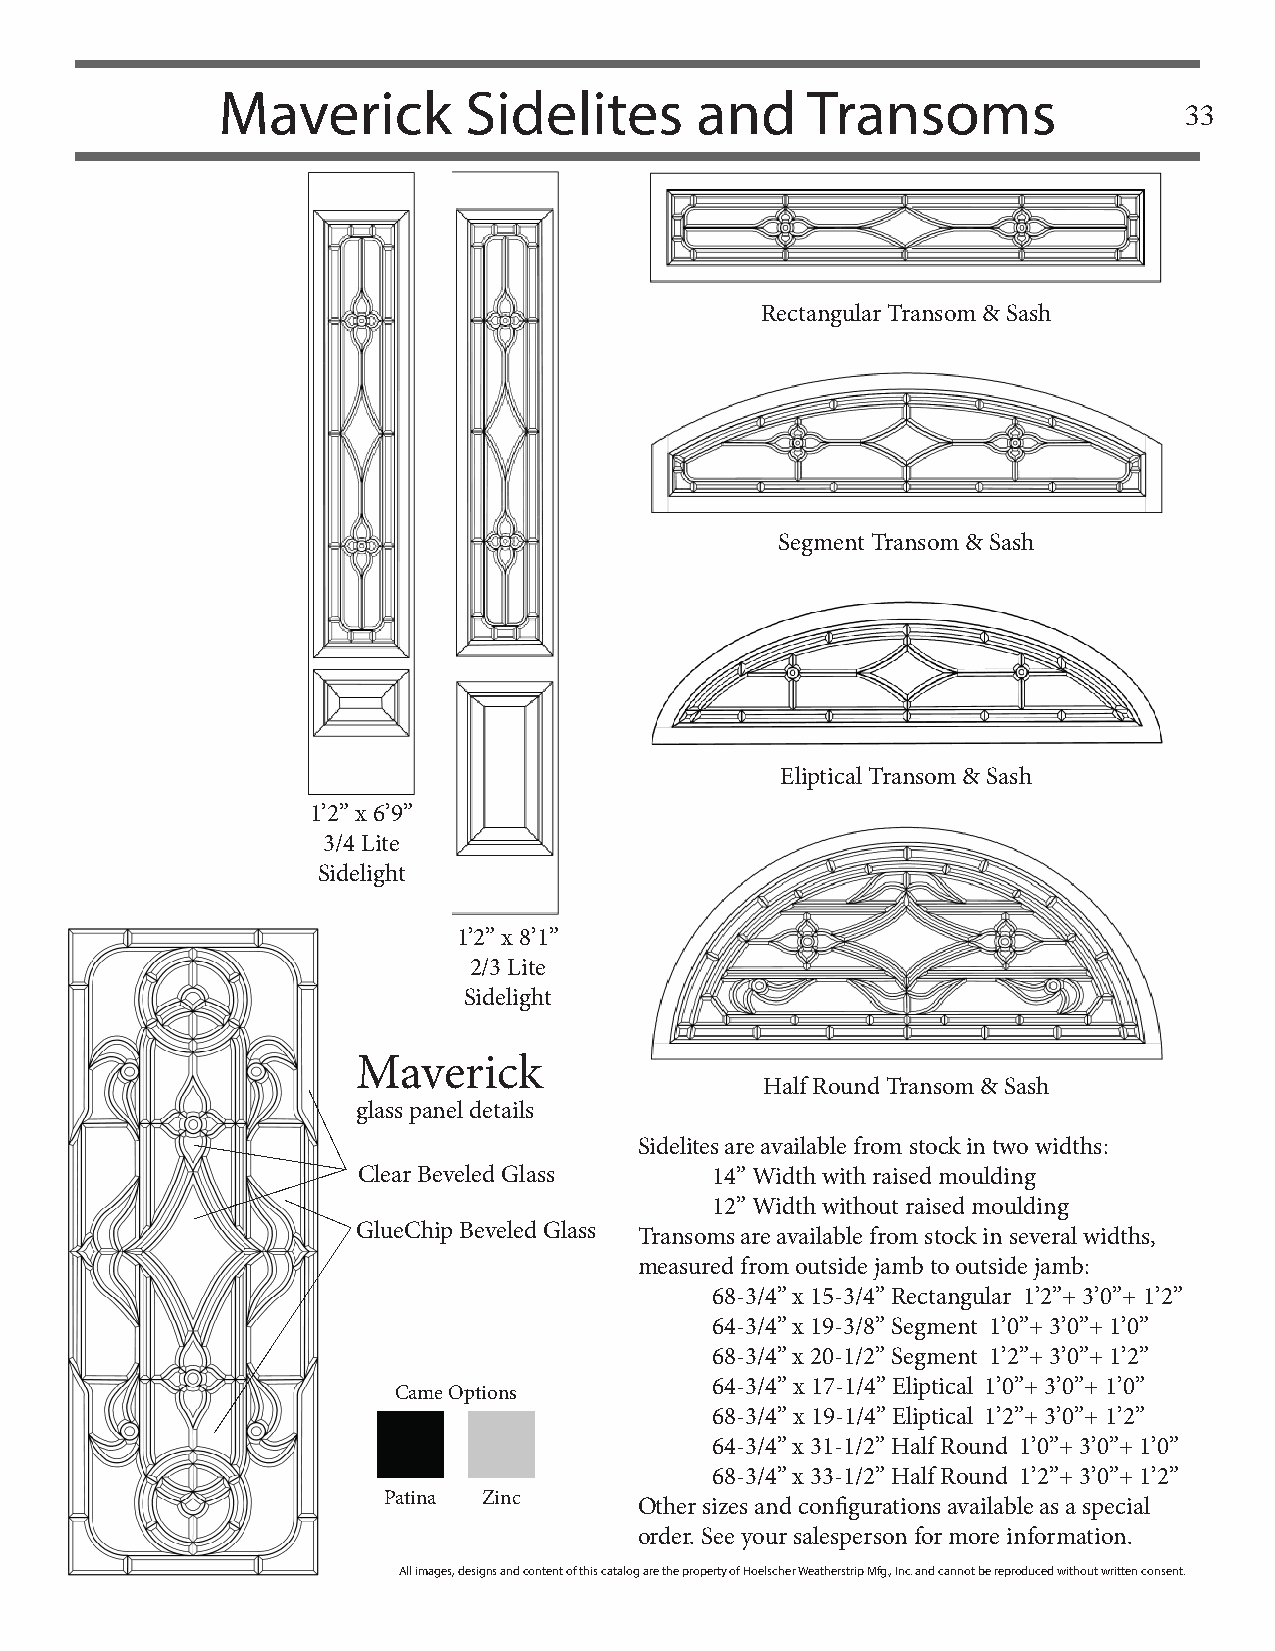
Maverick         Sidelites      and    Transoms
 33
 Rectangular Transom & Sash
 Segment Transom & Sash
 Eliptical Transom & Sash
 1’2” x 6’9”
 3/4 Lite
 Sidelight
 1’2” x 8’1”
 2/3 Lite
 Sidelight
 Maverick
 Half Round Transom & Sash
 glass panel details
 Sidelites are available from stock in two widths:
 Clear Beveled Glass    14” Width with raised moulding
 12” Width without raised moulding
 GlueChip Beveled Glass Transoms are available from stock in several widths,
 measured from outside jamb to outside jamb:
 68-3/4” x 15-3/4” Rectangular 1’2”+ 3’0”+ 1’2”
 64-3/4” x 19-3/8” Segment 1’0”+ 3’0”+ 1’0”
 68-3/4” x 20-1/2” Segment 1’2”+ 3’0”+ 1’2”
 64-3/4” x 17-1/4” Eliptical 1’0”+ 3’0”+ 1’0”
 Came Options
 68-3/4” x 19-1/4” Eliptical 1’2”+ 3’0”+ 1’2”
 64-3/4” x 31-1/2” Half Round 1’0”+ 3’0”+ 1’0”
 68-3/4” x 33-1/2” Half Round 1’2”+ 3’0”+ 1’2”
 Patina Zinc
 Other sizes and confi gurations available as a special
 order. See your salesperson for more information.
 All images, designs and content of this catalog are the property of Hoelscher Weatherstrip Mfg., Inc. and cannot be reproduced without written consent.